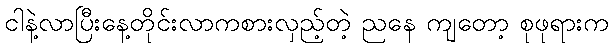
ငါနဲ့လာပြီးနေ့တိုင်းလာကစားလှည့်တဲ့ ညနေ ကျတော့ စုဖုရားက